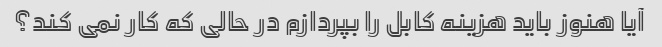
آیا هنوز باید هزینه کابل را بپردازم در حالی که کار نمی کند؟